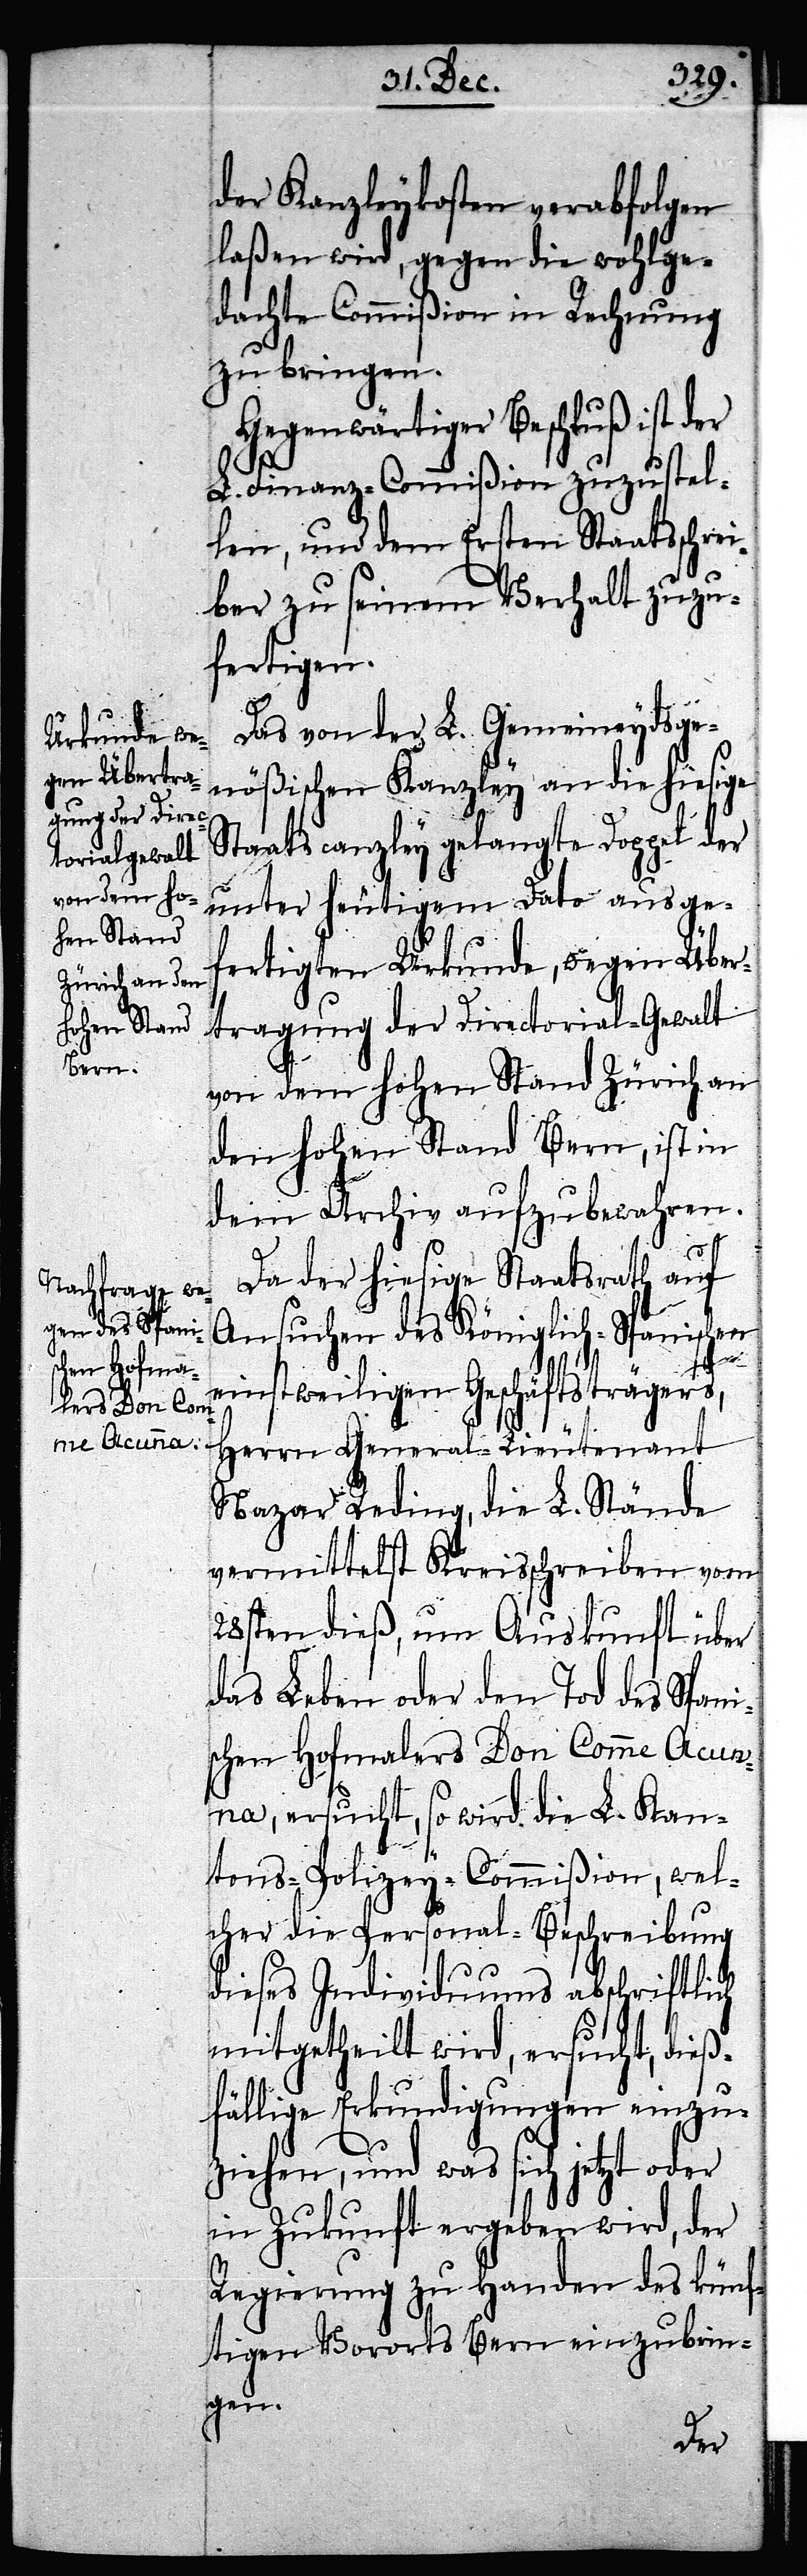
Das von der L. Gemeineydsge¬
nößischen Kanzley an die hiesige
Staatscanzley gelangte Doppel der
unter heutigem Dato ausge¬
fertigten Urkunde, wegen Über¬
tragung der Directorial-Gewalt
von dem Hohen Stand Zürich an
den Hohen Stand Bern, ist in
dem Archiv aufzubewahren.
Da der hiesige Staatsrath auf
Ansuchen des Königlich-Spanischen
einstweiligen Geschäftsträgers,
Herrn General-Lieutenant
Nazar Reding, die L. Stände
vermittelst Kreisschreiben vom
28sten dieß, um Auskunft über
das Leben oder den Tod des Spani¬
schen Hofmalers Don Comme Acun¬
na, ersucht, so wird die L. Kan¬
tons-Polizey-Commißion, wel¬
cher die Personal-Beschreibung
dieses Individuums abschriftlich
mitgetheilt wird, ersucht, dieß¬
fällige Erkundigungen einzu¬
ziehen, und was sich jetzt oder
in Zukunft ergeben wird, der
Regierung zu Handen des künf¬
tigen Vororts Bern einzubrin¬
gen.